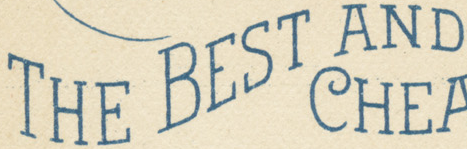
THE BEST AND